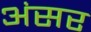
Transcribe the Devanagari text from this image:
अंसर